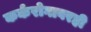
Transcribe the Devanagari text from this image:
कर्करोगावरही